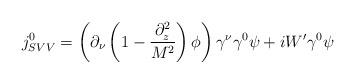
LaTeX: \begin{align*}j_{SVV}^{0} = \left( \partial_\nu \left( 1 - \frac{\partial^2_z}{M^2} \right) \phi \right) \gamma^\nu \gamma^0 \psi + i W^\prime \gamma^0 \psi\end{align*}